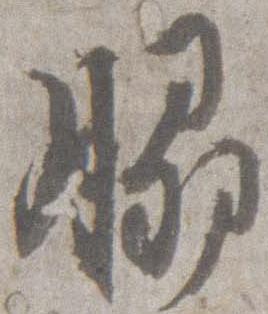
脇